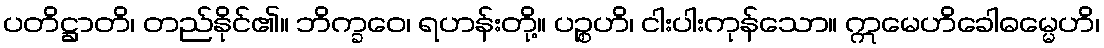
ပတိဋ္ဌာတိ၊ တည်နိုင်၏။ ဘိက္ခဝေ၊ ရဟန်းတို့။ ပဉ္စဟိ၊ ငါးပါးကုန်သော။ ဣမေဟိခေါဓမ္မေဟိ၊